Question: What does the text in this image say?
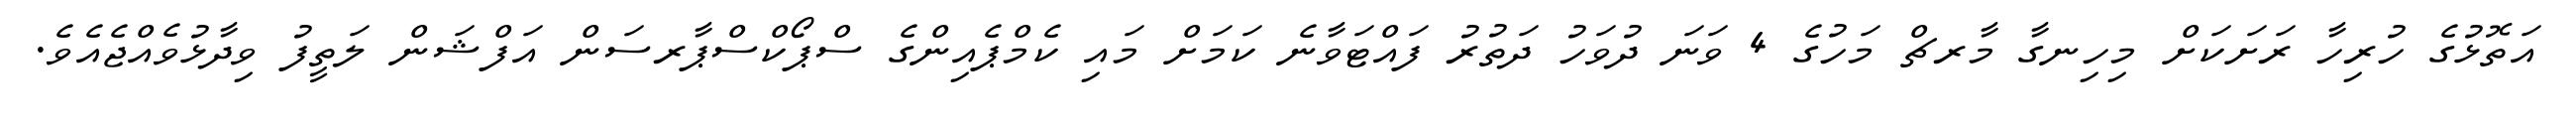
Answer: އަތޮޅުގެ ހުރިހާ ރަށަކަށް މިހިނގާ މާރޗް މަހުގެ 4 ވަނަ ދުވަހު ދަތުރު ފައްޓަވާނެ ކަމަށް މައި ކެމްޕެއިންގެ ސްޕޯކްސްޕާރސަން އަފްޝަން ލަތީފު ވިދާޅުވެއްޖެއެވެ.